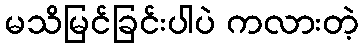
မသိမြင်ခြင်းပါပဲ ကလားတဲ့